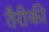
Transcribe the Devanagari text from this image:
तैरीकी